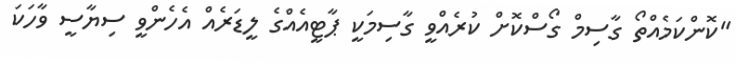
"ކޮންކަމެއްތޯ ގާސިމް ގޯސްކޮށް ކުރެއްވީ ގާސިމަކީ ޕާޓީއެއްގެ ލީޑަރެއް އެހެންވީ ސިޔާސީ ވާހަކަ